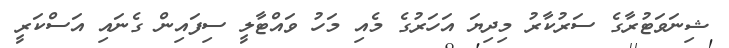
ޝިނަވަޓުރާގެ ސަރުކާރު މިދިޔަ އަހަރުގެ މެއި މަހު ވައްޓާލީ ސިފައިން ގެނައި އަސްކަރީ